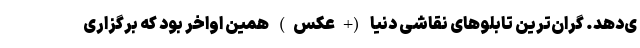
ی‌دهد. گران‌ترین تابلو‌های نقاشی دنیا (+عکس) همین اواخر بود که برگزاری